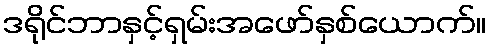
ဒရိုင်ဘာနှင့်ရှမ်းအဖော်နှစ်ယောက်။